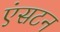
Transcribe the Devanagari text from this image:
एंसटन